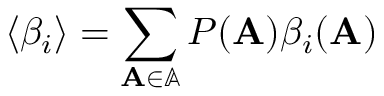
\langle \beta _ { i } \rangle = \sum _ { \mathbf { A } \in \mathbb { A } } P ( \mathbf { A } ) \beta _ { i } ( \mathbf { A } )